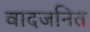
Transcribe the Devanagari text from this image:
वादजनित